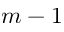
m - 1